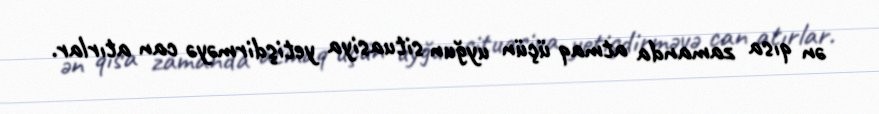
ən qısa zamanda atmaq üçün uyğun situasiya yetişdirməyə can atırlar.